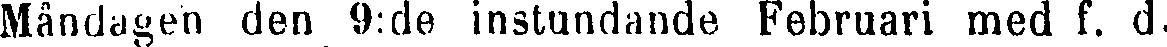
Måndagen den 9:de instundande Februari med f. d.